Report of the Imperial Institute of Veterinary Research, Muktesar
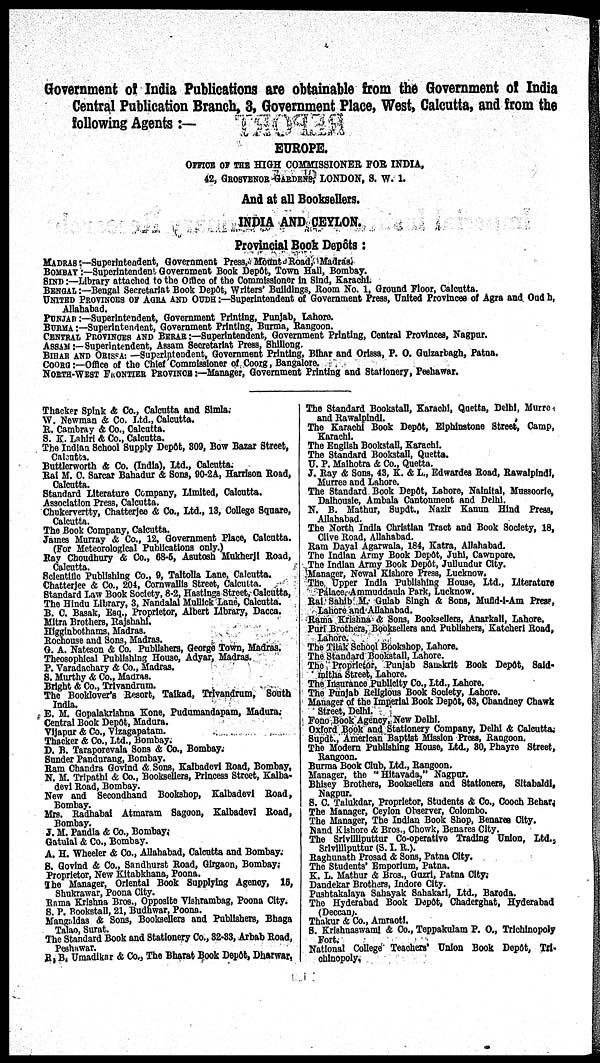
Government of India Publications are obtainable from the Government of India
Central Publication Branch, 3, Government Place, West, Calcutta, and from the
following Agents :—
EUROPE.
OFFICE OF THE HIGH COMMISSIONER FOR INDIA,
42, GROSVENOR GARDENS, LONDON, S. W. 1.
And at all Booksellers.
INDIA AND CEYLON.
Provincial Book Depôts:
MADRAS :—Superintendent, Government Press, Mount Road, Madras.
BOMBAY :—Superintendent Government Book Depôt, Town Hall, Bombay.
SIND :—Library attached to the Office of the Commissioner in Sind, Karachi.
BENGAL :—Bengal Secretariat Book Depôt, Writers' Buildings, Room No. 1, Ground Floor, Calcutta.
UNITED PROVINCES OF AGRA AND OUDH :—Superintendent of Government Press, United Provinces of Agra and Oudh,
Allahabad.
PUNJAB :—Superintendent, Government Printing, Punjab, Lahore.
BURMA :—Superintendent, Government Printing, Burma, Rangoon.
CENTRAL PROVINCES AND BERAR :—Superintendent, Government Printing, Central Provinces, Nagpur.
ASSAM :—Superintendent, Assam Secretariat Press, Shillong.
BIHAR AND ORISSA : —Superintendent, Government Printing, Bihar and Orissa, P. O. Gulzarbagh, Patna.
COORG :—Office of the Chief Commissioner of Coorg, Bangalore.
NORTH-WEST FRONTIER PROVINCE :—Manager, Government Printing and Stationery, Peshawar.
Thacker Spink & Co., Calcutta and Simla.
W. Newman & Co. Ltd., Calcutta.
R. Cambray & Co., Calcutta.
S. K. Lahiri & Co., Calcutta.
The Indian School Supply Depôt, 309, Bow Bazar Street,
Calcutta.
Buttlcrworth & Co. (India), Ltd., Calcutta.
Rai M. C. Sarcar Bahadur & Sons, 90-2A, Harrison Road,
Calcutta.
Standard Literature Company, Limited, Calcutta.
Association Press, Calcutta.
Chukervertty, Chatterjee & Co., Ltd., 13, College Square,
Calcutta.
The Book Company, Calcutta.
James Murray & Co., 12, Government Place, Calcutta.
(For Meteorological Publications only.)
Ray Choudhury & Co., 68-5, Asutosh Mukherji Road,
Calcutta.
Scientific Publishing Co., 9, Taltolla Lane, Calcutta.
Chatterjee & Co., 204, Cornwallis Street, Calcutta.
Standard Law Book Society, 8-2, Hastings Street, Calcutta,
The Hindu Library, 3, Nandalal Mullick Lane, Calcutta.
B. C. Basak, Esq., Proprietor, Albert Library, Dacca.
Mitra Brothers, Rajshahi.
Higginbothams, Madras.
Rochouse and Sons, Madras.
G. A. Nateson & Co. Publishers, George Town, Madras.
Theosophical Publishing House, Adyar, Madras.
P. Varadachary & Co., Madras.
S. Murthy & Co., Madras.
Bright & Co., Trivandrum.
The Booklover's Resort, Taikad, Trivandrum, South
India.
E. M. Gopalakrishna Kone, Pudumandapam, Madura.
Central Book Depôt, Madura.
Vijapur & Co., Vizagapatam.
Thacker & Co., Ltd., Bombay.
D. B. Taraporevala Sons & Co., Bombay.
Sunder Pandurang, Bombay.
Ram Chandra Govind & Sons, Kalbadevi Road, Bombay,
N. M. Tripathi & Co., Booksellers, Princess Street, Kalba-
devi Road, Bombay.
New and Secondhand Bookshop, Kalbadevi Road,
Bombay.
Mrs. Radhabai Atmaram Sagoon, Kalbadevi Road,
Bombay.
J. M. Pandia & Co., Bombay.
Gatulal & Co., Bombay.
A. H. Wheeler & Co., Allahabad, Calcutta and Bombay.
S. Govind & Co., Sandhurst Road, Girgaon, Bombay;
Proprietor, New Kitabkhana, Poona.
The Manager, Oriental Book Supplying Agency, 15,
Shukrawar, Poona City.
Rama Krishna Bros., Opposite Vishrambag, Poona City.
S. P. Bookstall, 21, Budhwar, Poona.
Mangaldas & Sons, Booksellers and Publishers, Bhaga
Talao, Surat.
The Standard Book and Stationery Co., 32-33, Arbab Road,
Peshawar.
R. B. Umadikar & Co., The Bharat Book Depôt, Dharwar,
The Standard Bookstall, Karachi, Quetta, Delhi, Murre
and Rawalpindi.
The Karachi Book Depôt, Elphinstone Street, Camp,
Karachi.
The English Bookstall, Karachi.
The Standard Bookstall, Quetta.
U. P. Malhotra & Co., Quetta.
J. Ray & Sons, 43, K. & L., Edwardes Road, Rawalpindi,
Murree and Lahore.
The Standard Book Depôt, Lahore, Nalnital, Mussoorie,
Dalhousie, Ambala Cantonment and Delhi.
N. B. Mathur, Supdt., Nazir Kanun Hind Press,
Allahabad.
The North India Christian Tract and Book Society, 18,
Olive Road, Allahabad.
Ram Dayal Agarwala, 184, Katra, Allahabad.
The Indian Army Book Depôt, Juhi, Cawnpore.
The Indian Army Book Depôt, Jullundur City.
Manager, Nowal Kishore Press, Lucknow.
The Upper India Publishing House, Ltd., Literature
Palace, Ammuddaula Park, Lucknow.
Rai Sahib M. Gulab Singh & Sons, Mufid-i-Am Press,
Lahore and Allahabad.
Rama Krishna & Sons, Booksellers, Anarkali, Lahore.
Puri Brothers, Booksellers and Publishers, Katcheri Road,
Lahore.
The Tilak School Bookshop, Lahore.
The Standard Bookstall, Lahore.
The Proprietor, Punjab Sanskrit Book Depôt, Said¬
mitha Street, Lahore.
The Insurance Publicity Co., Ltd., Lahore.
The Punjab Religious Book Society, Lahore.
Manager of the Imperial Book Depôt, 63, Chandney Chawk
Street, Delhi.
Fono Book Agency, New Delhi.
Oxford Book and Stationery Company, Delhi & Calcutta.
Supdt., American Baptist Mission Press, Rangoon.
The Modern Publishing House, Ltd., 80, Phayre Street,
Rangoon.
Burma Book Club, Ltd., Rangoon.
Manager, the "Hitavada," Nagpur.
Bhisey Brothers, Booksellers and Stationers, Sitabaldi,
Nagpur.
S. C. Talukdar, Proprietor, Students & Co., Cooch Behar.
The Manager, Ceylon Observer, Colombo.
The Manager, The Indian Book Shop, Benares City.
Nand Kishore & Bros., Chowk, Benares City.
The Srivilliputtur Co-operative Trading Union, Ltd.
Srivilliputtur (S. I. R.).
Raghunath Prosad & Sons, Patna City.
The Students' Emporium, Patna.
K. L. Mathur & Bros., Guzri, Patna City.
Dandekar Brothers, Indore City.
Pushtakalaya Sahayak Sahakari, Ltd., Baroda.
The Hyderabad Book Depôt, Chaderghat, Hyderabad
(Deccan).
Thakur & Co., Amraoti.
S. Krishnaswami & Co., Teppakulam P. O., Trichinopoly
Fort.
National College Teachers' Union Book Depôt, Tri¬
chinopoly.